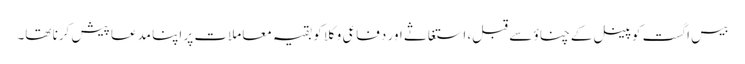
بیس اگست کو پینل کےچناؤ سے قبل، استغاثے اور دفاعی وکلا کو بقیہ معاملات پر اپنا مدعا پیش کرنا تھا۔